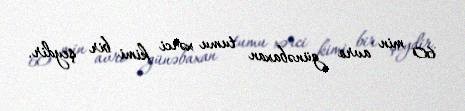
60 min avro günəbaxan tumu xərci kimi bir şeydir.